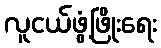
လူငယ်ဖွံ့ဖြိုးရေး